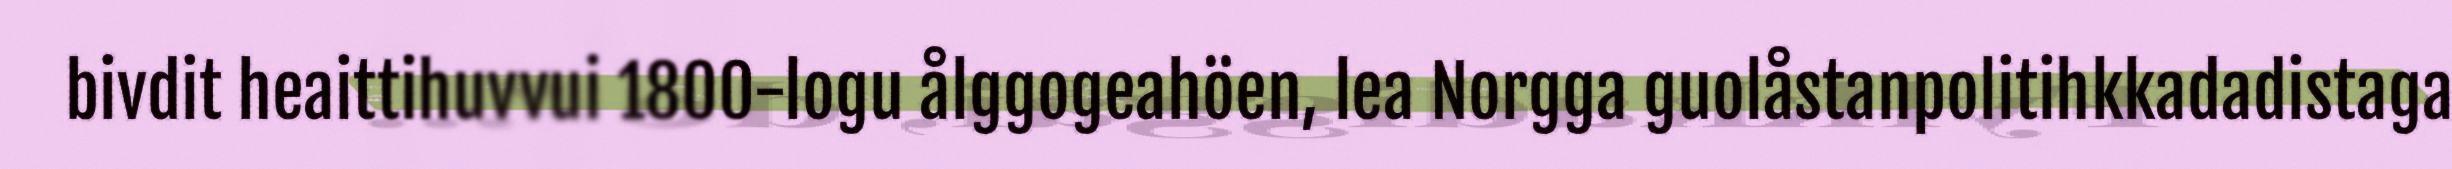
bivdit heaittihuvvui 1800-logu ålggogeahöen, lea Norgga guolåstanpolitihkkadadistaga